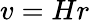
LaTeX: v=Hr